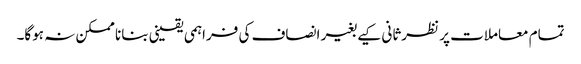
تمام معاملات پر نظرثانی کیے بغیر انصاف کی فراہمی یقینی بنانا ممکن نہ ہوگا۔